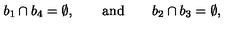
b _ { 1 } \cap b _ { 4 } = \emptyset , \qquad \mathrm { a n d } \qquad b _ { 2 } \cap b _ { 3 } = \emptyset ,